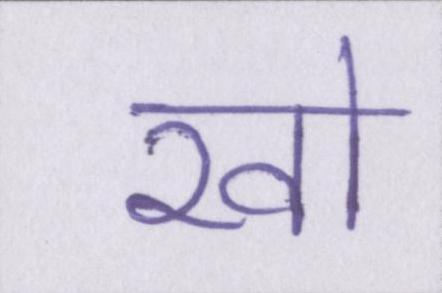
खो